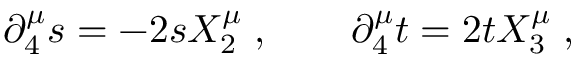
\partial _ { 4 } ^ { \mu } s = - 2 s X _ { 2 } ^ { \mu } \; , \qquad \partial _ { 4 } ^ { \mu } t = 2 t X _ { 3 } ^ { \mu } \; ,